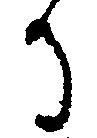
る